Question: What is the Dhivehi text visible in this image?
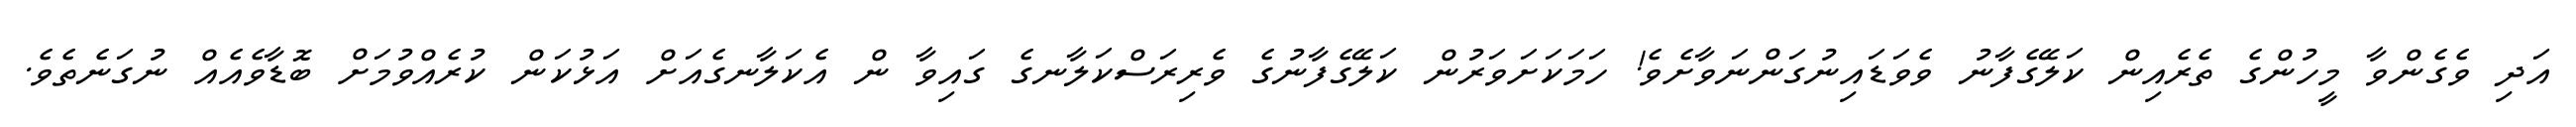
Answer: އަދި ވެގެންވާ މީހުންގެ ތެރެއިން ކަލޭގެފާނު ވެވަޑައިނުގަންނަވާށެވެ! ހަމަކަށަވަރުން ކަލޭގެފާނުގެ ވެރިރަސްކަލާނގެ ގައިވާ ން އެކަލާނގެއަށް އަޅުކަން ކުރެއްވުމަށް ބޮޑާވެއެއް ނުގަނެތެވެ.